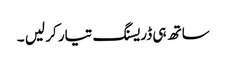
ساتھ ہی ڈریسنگ تیار کر لیں ۔